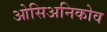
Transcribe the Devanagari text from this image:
ओसिअनिकोव